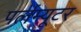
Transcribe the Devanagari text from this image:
पर्लम्यूटर